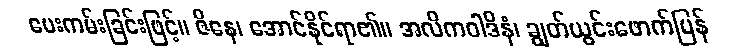
ပေးကမ်းခြင်းဖြင့်။ ဇိနေ၊ အောင်နိုင်ရာ၏။ အလိကဝါဒိနံ၊ ချွတ်ယွင်းဖောက်ပြန်